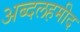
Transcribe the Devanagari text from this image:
अब्दलहमीद